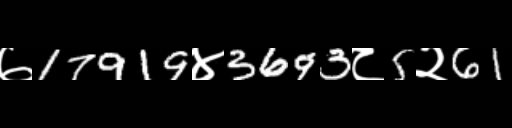
Text: ७17919४3693८5२61